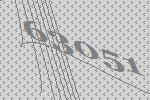
63051